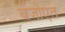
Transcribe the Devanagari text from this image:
बेंजोएत